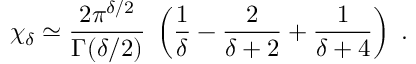
\chi _ { \delta } \simeq \frac { 2 \pi ^ { \delta / 2 } } { \Gamma ( \delta / 2 ) } \; \left( \frac { 1 } { \delta } - \frac { 2 } { \delta + 2 } + \frac { 1 } { \delta + 4 } \right) \; .